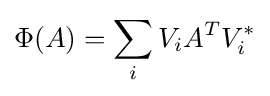
\Phi (A)=\sum _{i}V_{i}A^{T}V_{i}^{*}